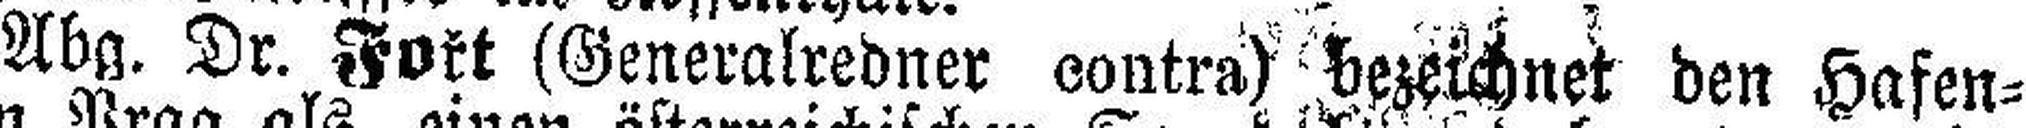
Abg. Dr. Fořt (Generalredner contra) bezeichnet den Hafen¬